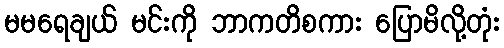
မမရေချယ် မင်းကို ဘာကတိစကား ပြောမိလို့တုံး